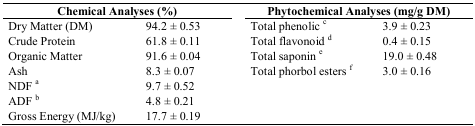
| <COLSPAN=2> Chemical Analyses (%) | <COLSPAN=2> Phytochemical Analyses (mg/g DM) |
 | --- | --- | --- | --- |
 | Dry Matter (DM) | 94.2 ± 0.53 | Total phenolic c | 3.9 ± 0.23 |
 | Crude Protein | 61.8 ± 0.11 | Total flavonoid d | 0.4 ± 0.15 |
 | Organic Matter | 91.6 ± 0.04 | Total saponin e | 19.0 ± 0.48 |
 | Ash | 8.3 ± 0.07 | Total phorbol esters f | 3.0 ± 0.16 |
 | NDF a | 9.7 ± 0.52 |  |  |
 | ADF b | 4.8 ± 0.21 |  |  |
 | Gross Energy (MJ/kg) | 17.7 ± 0.19 |  |  |